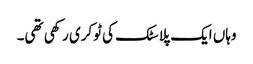
وہاں ایک پلاسٹک کی ٹوکری رکھی تھی۔